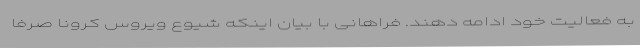
به فعالیت خود ادامه دهند. فراهانی با بیان اینکه شیوع ویروس کرونا صرفا